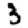
Digit: 3